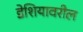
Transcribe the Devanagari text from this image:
डेशियावरील